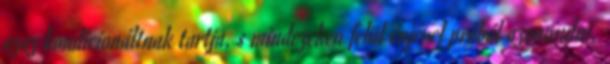
azaz kondicionáltnak tartja, s mindezeken felül énjével próbál azonosulni,